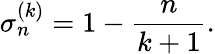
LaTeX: \sigma_{n}^{(k)}=1-\frac{n}{k+1}.